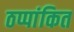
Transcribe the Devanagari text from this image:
ठप्पांकित